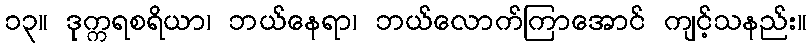
၁၃။ ဒုက္ကရစရိယာ၊ ဘယ်နေရာ၊ ဘယ်လောက်ကြာအောင် ကျင့်သနည်း။